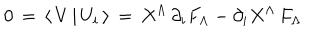
0 \, = \, \langle \, V \, \vert \, U _ { i } \, \rangle \, = \, X ^ { \Lambda } \, \partial _ { i } F _ { \Lambda } - \partial _ { i } X ^ { \Lambda } \, F _ { \Lambda }